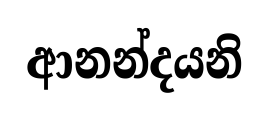
ආනන්දයනි